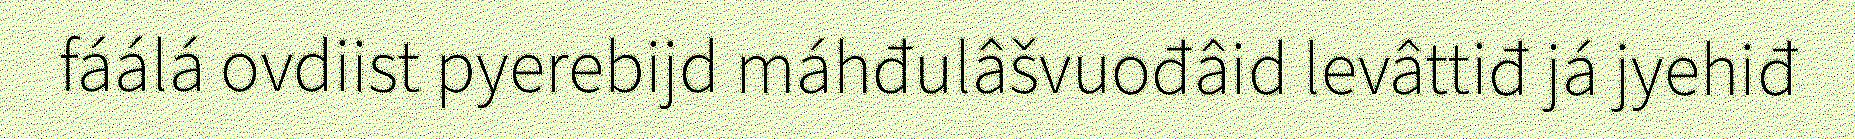
fáálá ovdiist pyerebijd máhđulâšvuođâid levâttiđ já jyehiđ